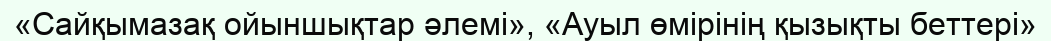
«Сайқымазақ ойыншықтар әлемі», «Ауыл өмірінің қызықты беттері»